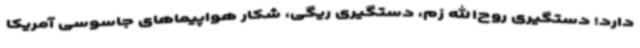
دارد؛ دستگیری روح‌الله زم، دستگیری ریگی، شکار هواپیماهای جاسوسی آمریکا